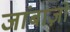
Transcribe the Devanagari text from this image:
जांबाज़ों